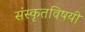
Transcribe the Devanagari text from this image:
संस्कृतविषयी